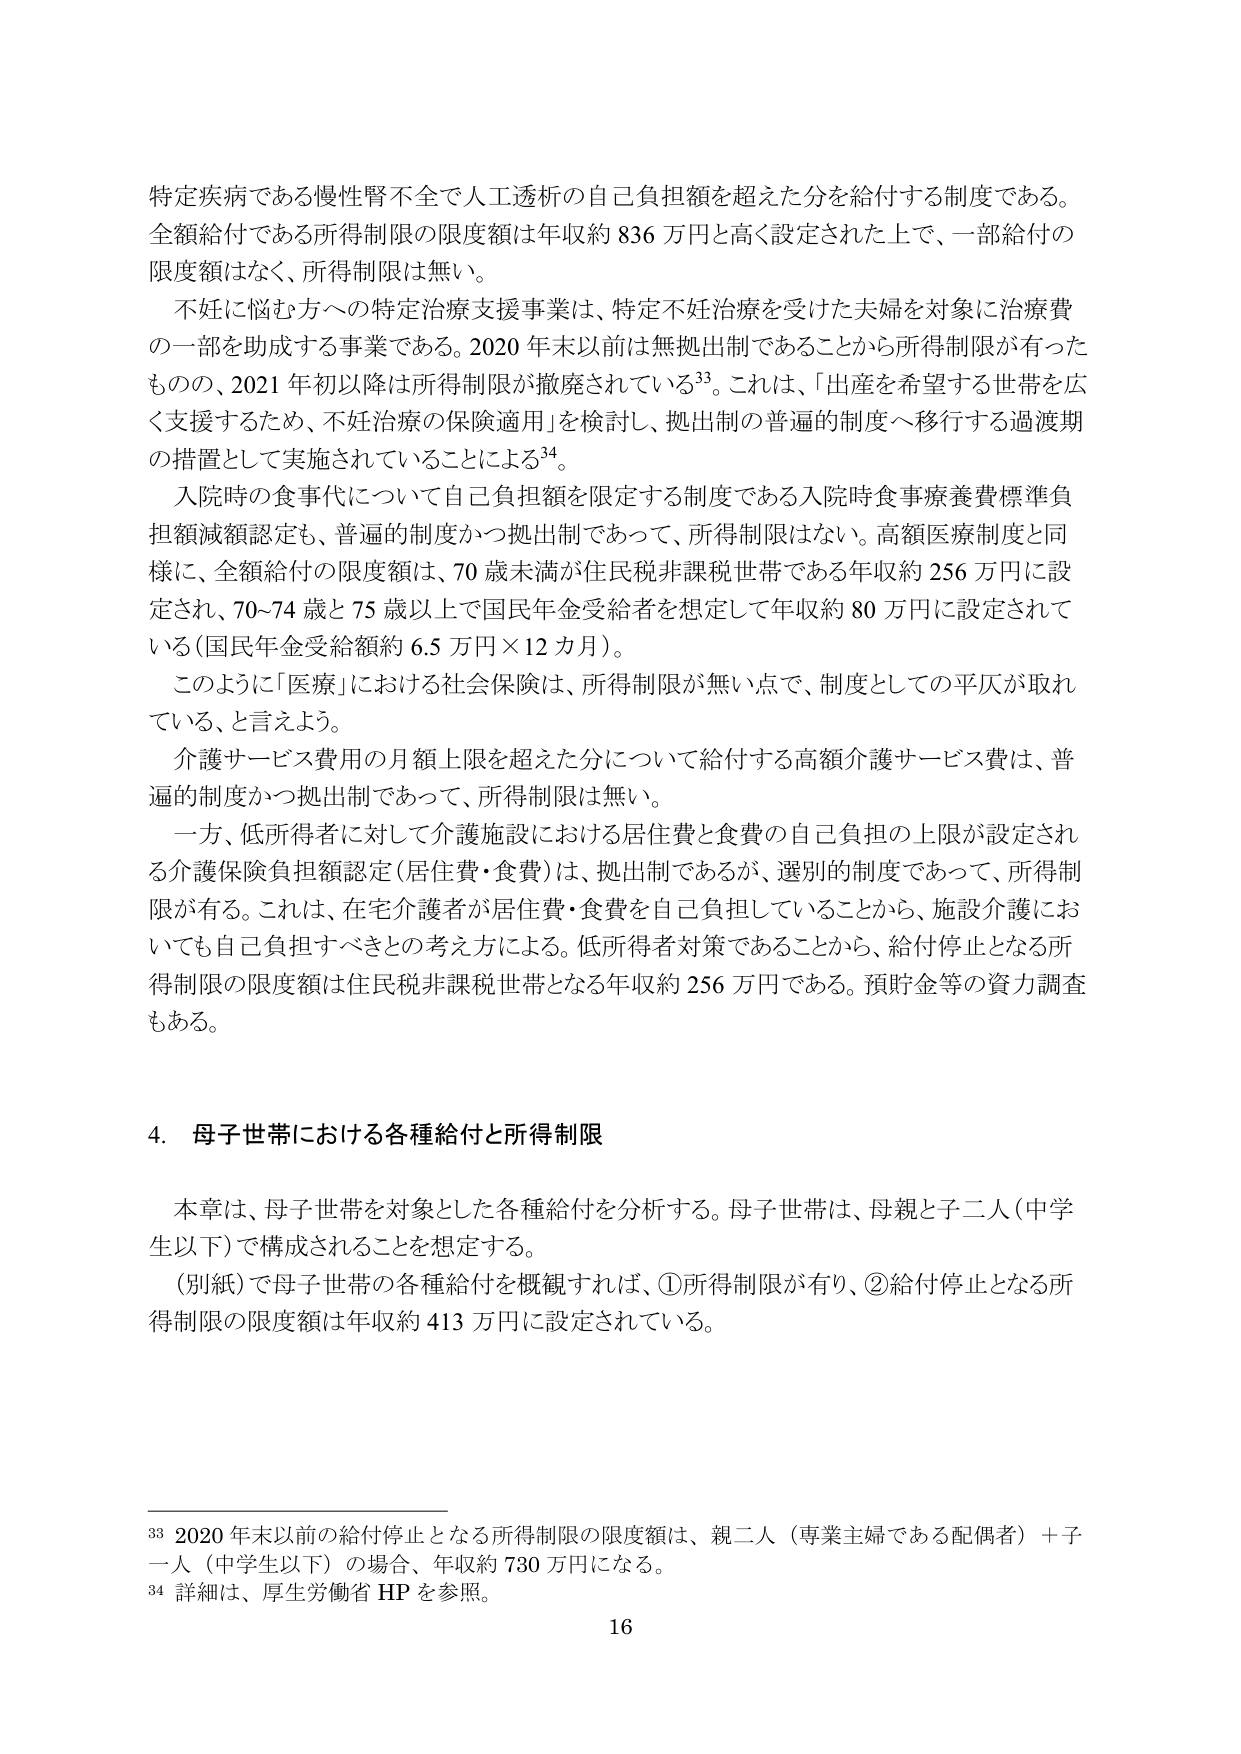
特定疾病である慢性腎不全で人工透析の自己負担額を超えた分を給付する制度である。
全額給付である所得制限の限度額は年収約 836 万円と高く設定された上で、一部給付の限度額はなく、所得制限は無い。

不妊に悩む方への特定治療支援事業は、特定不妊治療を受けた夫婦を対象に治療費の一部を助成する事業である。2020 年末以前は無拠出制であることから所得制限が有ったものの、2021 年初以降は所得制限が撤廃されている³³。これは、「出産を希望する世帯を広く支援するため、不妊治療の保険適用」を検討し、拠出制の普遍的制度へ移行する過渡期の措置として実施されていることによる³⁴。

入院時の食事代について自己負担額を限定する制度である入院時食事療養費標準負担額減額認定も、普遍的制度かつ拠出制であって、所得制限はない。高額医療制度と同様に、全額給付の限度額は、70 歳未満が住民税非課税世帯である年収約 256 万円に設定され、70～74 歳と 75 歳以上で国民年金受給者を想定して年収約 80 万円に設定されている（国民年金受給額約 6.5 万円×12 カ月）。

このように「医療」における社会保険は、所得制限が無い点で、制度としての平仄が取れている、と言えよう。

介護サービス費用の月額上限を超えた分について給付する高額介護サービス費は、普遍的制度かつ拠出制であって、所得制限は無い。

一方、低所得者に対して介護施設における居住費と食費の自己負担の上限が設定される介護保険負担額認定（居住費・食費）は、拠出制であるが、選別的制度であって、所得制限が有る。これは、在宅介護者が居住費・食費を自己負担していることから、施設介護においても自己負担すべきとの考え方による。低所得者対策であることから、給付停止となる所得制限の限度額は住民税非課税世帯となる年収約 256 万円である。預貯金等の資力調査もある。

4. 母子世帯における各種給付と所得制限

本章は、母子世帯を対象とした各種給付を分析する。母子世帯は、母親と子二人（中学生以下）で構成されることを想定する。

（別紙）で母子世帯の各種給付を概観すれば、①所得制限が有り、②給付停止となる所得制限の限度額は年収約 413 万円に設定されている。

³³ 2020 年末以前の給付停止となる所得制限の限度額は、親二人（専業主婦である配偶者）＋子一人（中学生以下）の場合、年収約 730 万円になる。
³⁴ 詳細は、厚生労働省 HP を参照。
16